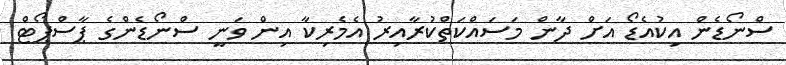
ސްނޯޑެން އިކުއެޑޯ އަށް ދާން މަސައްކަތްކުރާއިރު އެމެރިކާ އިން ވަނީ ސްނޯޑެންގެ ޕާސްޕޯޓް